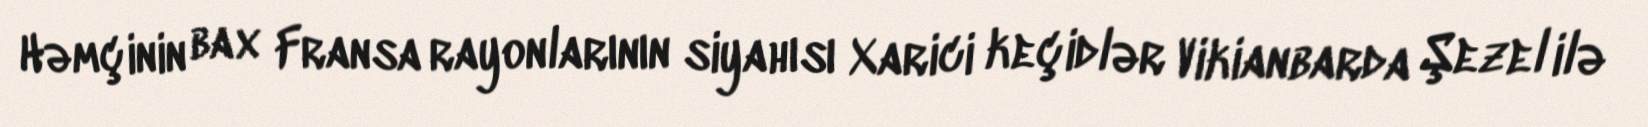
Həmçinin bax Fransa rayonlarının siyahısı Xarici keçidlər Vikianbarda Şezel ilə